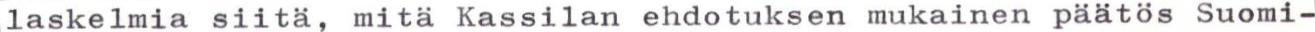
laskelmia siitä, mitä Kassilan ehdotuksen mukainen päätös Suomi-